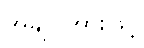
အချုပ်အားဖြင့်